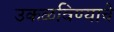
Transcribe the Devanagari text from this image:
उकळविण्याचे